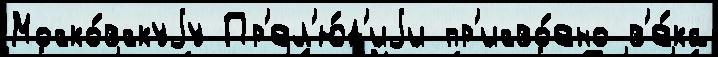
Моско́вскуjу Пр'ел'ю́д'иjи пр'исво́ено в'е́ка